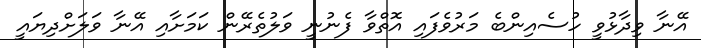
އޭނާ ވިދާޅުވީ ހުސެއިންބެ މަރުވެފައި އޮތްވާ ފެނުނީ ވަލުތެރޭން ކަމަށާއި އޭނާ ވަލަށްދިޔައީ